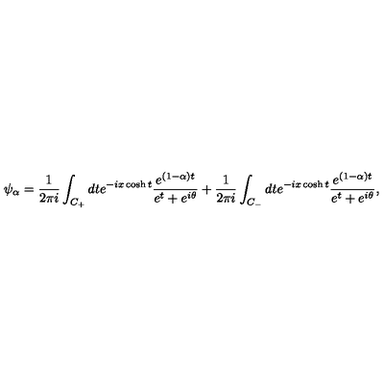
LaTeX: \psi _ { \alpha } = { \frac { 1 } { 2 \pi i } } \int _ { C _ { + } } d t e ^ { - i x \cosh t } { \frac { e ^ { ( 1 - \alpha ) t } } { e ^ { t } + e ^ { i \theta } } } + { \frac { 1 } { 2 \pi i } } \int _ { C _ { - } } d t e ^ { - i x \cosh t } { \frac { e ^ { ( 1 - \alpha ) t } } { e ^ { t } + e ^ { i \theta } } } ,